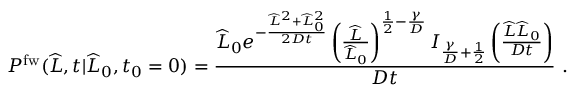
P ^ { \mathrm { f w } } ( \widehat { L } , t | \widehat { L } _ { 0 } , t _ { 0 } = 0 ) = \frac { \widehat { L } _ { 0 } e ^ { - \frac { \widehat { L } ^ { 2 } + \widehat { L } _ { 0 } ^ { 2 } } { 2 D t } } \left( \frac { \widehat { L } } { \widehat { L } _ { 0 } } \right) ^ { \frac { 1 } { 2 } - \frac { \gamma } { D } } I _ { \frac { \gamma } { D } + \frac { 1 } { 2 } } \left( \frac { \widehat { L } \widehat { L } _ { 0 } } { D t } \right) } { D t } \ .